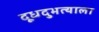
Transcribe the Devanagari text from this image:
दूधदुभत्याला